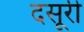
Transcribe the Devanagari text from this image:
दसूरी